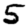
Digit: 5